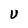
Character: U